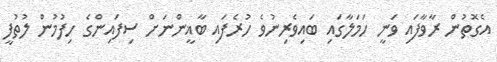
އެގޮތުން ރާވާފައި ވަނީ ހަމަލާގައި ބައިވެރިނުވެ ހުރެފައި ބާޣީންނަށް ސިފައިންގެ ހިފުމުން ލުތުފީ